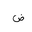
Letter: _dad